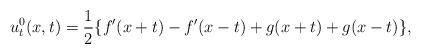
LaTeX: \begin{align*}u_t^0(x,t)=\frac{1}{2}\{f'(x+t)-f'(x-t)+g(x+t)+g(x-t)\},\end{align*}